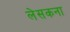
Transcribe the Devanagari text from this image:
लेसकना